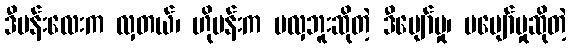
ဒီပန်းလေးက လှတယ်၊ ဟိုပန်းက မလှဘူးဆိုတဲ့ ဒီပျော်မှု၊ မပျော်မှုဆိုတဲ့